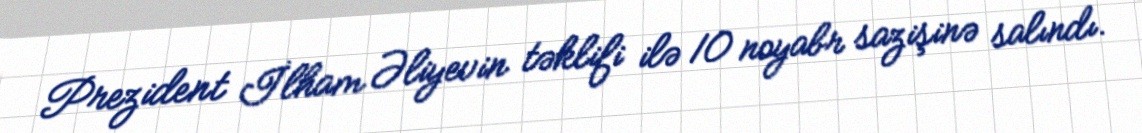
Prezident İlham Əliyevin təklifi ilə 10 noyabr sazişinə salındı.